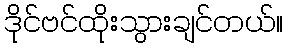
ဒိုင်ဗင်ထိုးသွားချင်တယ်။